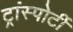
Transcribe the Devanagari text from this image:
ट्रांस्पोर्टी